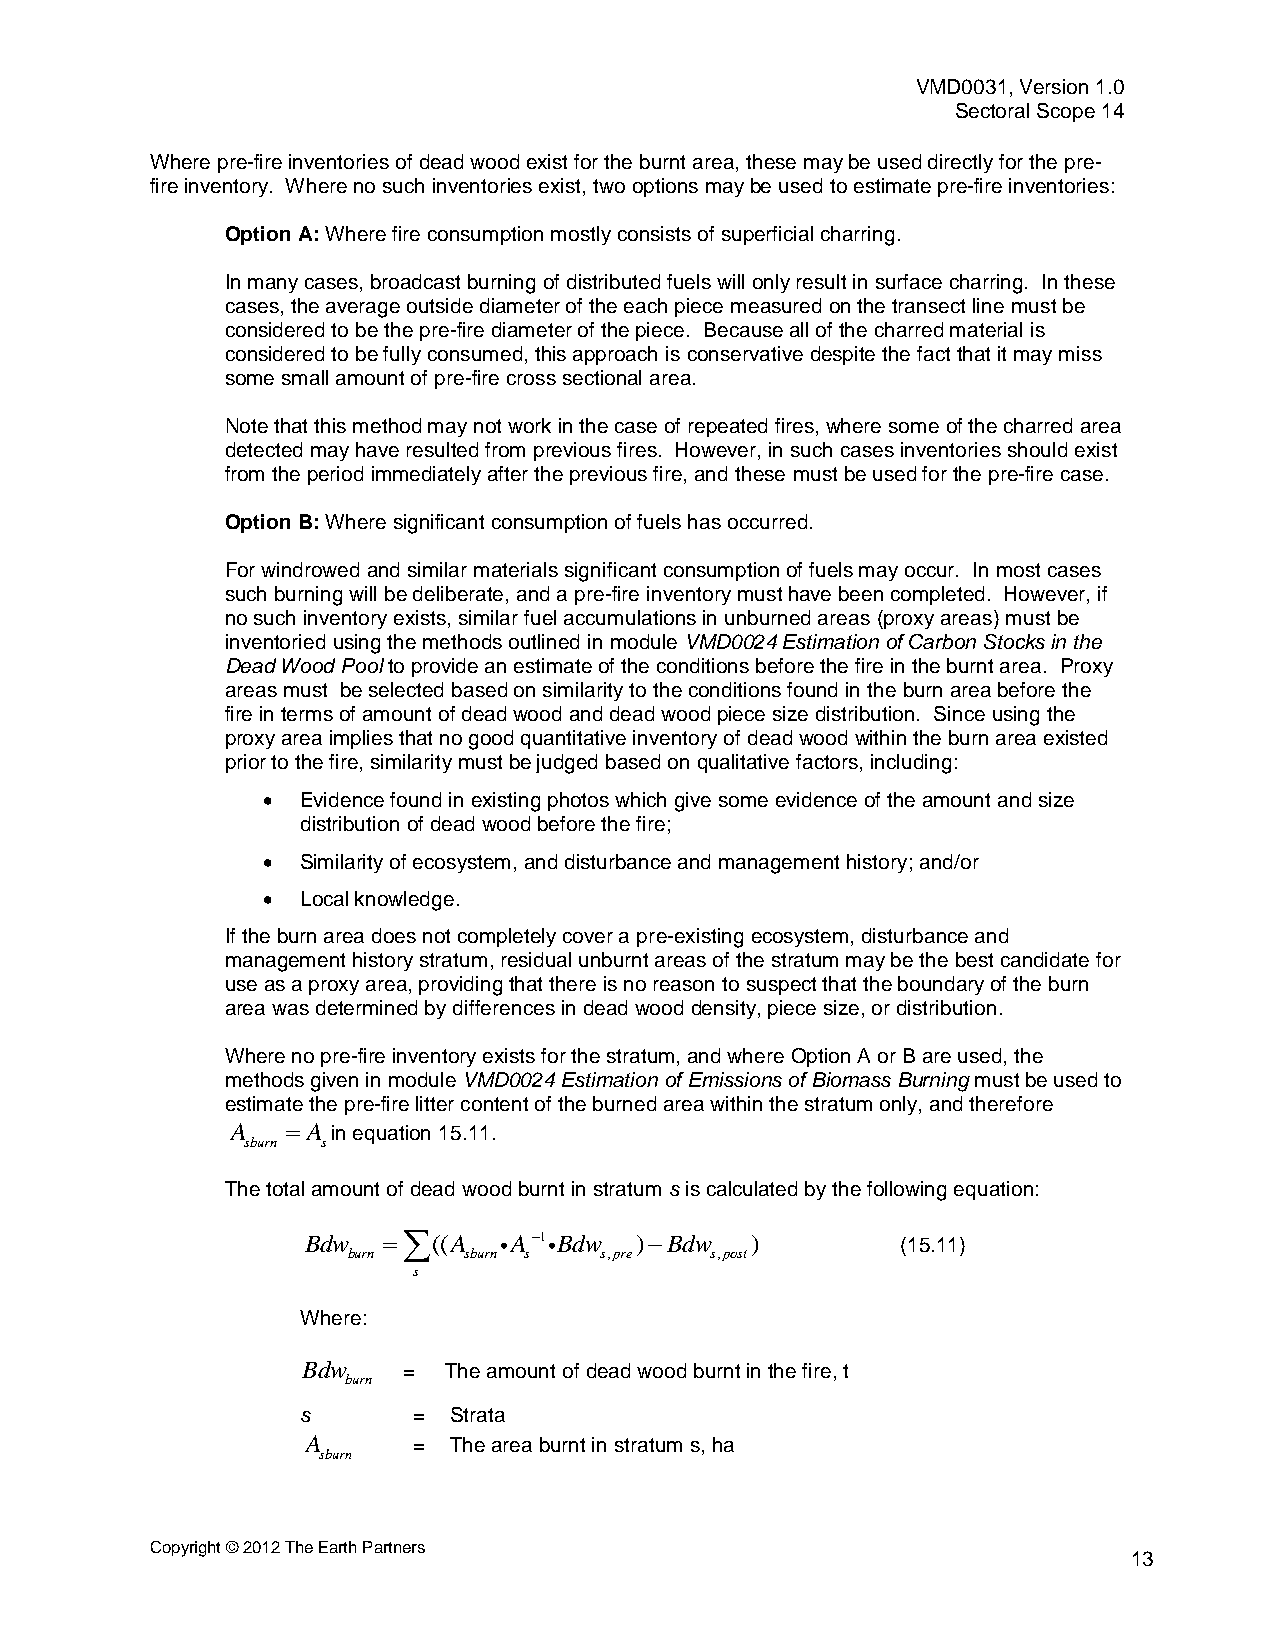
VMD0031, Version 1.0
 Sectoral Scope 14
 Where pre-fire inventories of dead wood exist for the burnt area, these may be used directly for the pre-
 fire inventory. Where no such inventories exist, two options may be used to estimate pre-fire inventories:
 Option A: Where fire consumption mostly consists of superficial charring.
 In many cases, broadcast burning of distributed fuels will only result in surface charring. In these
 cases, the average outside diameter of the each piece measured on the transect line must be
 considered to be the pre-fire diameter of the piece. Because all of the charred material is
 considered to be fully consumed, this approach is conservative despite the fact that it may miss
 some small amount of pre-fire cross sectional area.
 Note that this method may not work in the case of repeated fires, where some of the charred area
 detected may have resulted from previous fires. However, in such cases inventories should exist
 from the period immediately after the previous fire, and these must be used for the pre-fire case.
 Option B: Where significant consumption of fuels has occurred.
 For windrowed and similar materials significant consumption of fuels may occur. In most cases
 such burning will be deliberate, and a pre-fire inventory must have been completed. However, if
 no such inventory exists, similar fuel accumulations in unburned areas (proxy areas) must be
 inventoried using the methods outlined in module VMD0024 Estimation of Carbon Stocks in the
 Dead Wood Pool to provide an estimate of the conditions before the fire in the burnt area. Proxy
 areas must be selected based on similarity to the conditions found in the burn area before the
 fire in terms of amount of dead wood and dead wood piece size distribution. Since using the
 proxy area implies that no good quantitative inventory of dead wood within the burn area existed
 prior to the fire, similarity must be judged based on qualitative factors, including:
   Evidence found in existing photos which give some evidence of the amount and size
 distribution of dead wood before the fire;
   Similarity of ecosystem, and disturbance and management history; and/or
   Local knowledge.
 If the burn area does not completely cover a pre-existing ecosystem, disturbance and
 management history stratum, residual unburnt areas of the stratum may be the best candidate for
 use as a proxy area, providing that there is no reason to suspect that the boundary of the burn
 area was determined by differences in dead wood density, piece size, or distribution.
 Where no pre-fire inventory exists for the stratum, and where Option A or B are used, the
 methods given in module VMD0024 Estimation of Emissions of Biomass Burning must be used to
 estimate the pre-fire litter content of the burned area within the stratum only, and therefore
 A    A in equation 15.11.
 sburn s
 The total amount of dead wood burnt in stratum s is calculated by the following equation:
 Bdw  ((A    A1 Bdw )Bdw   )         (15.11)
 burn    sburn s  s,pre  s,post
 s
 Where:
 Bdw    = The amount of dead wood burnt in the fire, t
 burn
 s      =  Strata
 A      =  The area burnt in stratum s, ha
 sburn
 Copyright © 2012 The Earth Partners
 13